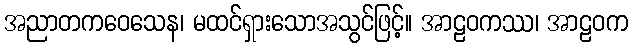
အညာတကဝေသေန၊ မထင်ရှားသောအသွင်ဖြင့်။ အာဠဝကဿ၊ အာဠဝက